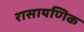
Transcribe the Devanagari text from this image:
रासायणिक